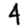
Digit: 4